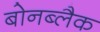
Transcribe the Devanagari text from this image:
बोनब्लैक